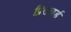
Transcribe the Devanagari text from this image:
प्रितचर्ड